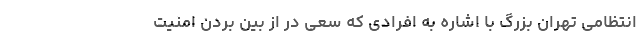
انتظامی تهران بزرگ با اشاره به افرادی که سعی در از بین بردن امنیت